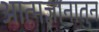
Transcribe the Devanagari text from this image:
आत्मज्ञानातुन